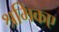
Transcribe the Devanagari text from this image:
श्रमिकए